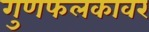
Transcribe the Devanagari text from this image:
गुणफलकावर